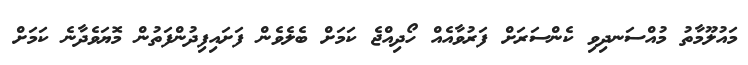
މައުލޫމާތު މުއްސަނދިވި ކެންސަރަށް ފަރުވާއެއް ހޯދިއްޖެ ކަމަށް ބެލެވެން ފަށައިފިދުންފަތުން މޮޔަވެދާނެ ކަމަށް